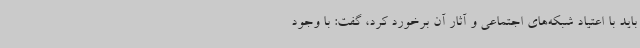
باید با اعتیاد شبکه‌های اجتماعی و آثار آن برخورد کرد، گفت: با وجود